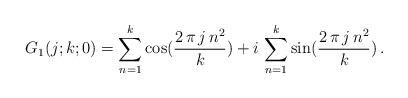
LaTeX: \begin{align*}G_{1}(j;k;0)= {\displaystyle \sum _{n=1}^{k}} \,\mathrm{cos}({\displaystyle \frac {2\,\pi \,j\,n^{2}}{k}} ) + {\displaystyle i\,\sum _{n=1}^{k}} \,\mathrm{sin}({\displaystyle \frac {2\,\pi \,j\,n^{2}}{k}} )\,. \end{align*}